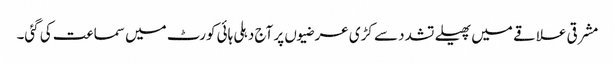
مشرقی علاقے میں پھیلے تشدد سے کڑی عرضیوں پر آج دہلی ہائی کورٹ میں سماعت کی گئی۔